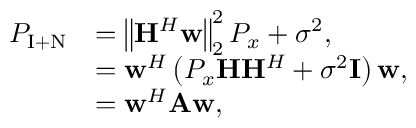
\begin{array} { r l } { P _ { \mathrm { I + N } } } & { = \left\| \mathbf { H } ^ { H } \mathbf { w } \right\| _ { 2 } ^ { 2 } P _ { x } + \sigma ^ { 2 } , } \\ & { = \mathbf { w } ^ { H } \left( P _ { x } \mathbf { H } \mathbf { H } ^ { H } + \sigma ^ { 2 } \mathbf { I } \right) \mathbf { w } , } \\ & { = \mathbf { w } ^ { H } \mathbf { A } \mathbf { w } , } \end{array}